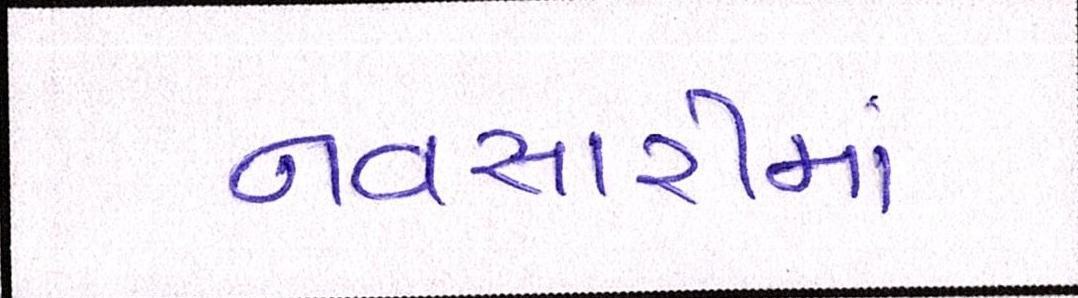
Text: નવસારીમાં